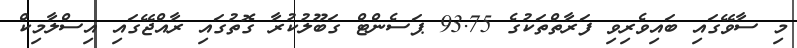
މި ސާވޭގައި ބައިވެރިވި ފަރާތްތަކުގެ 93.75 ޕަސެންޓް ގަބޫލުކުރާ ގޮތުގައި ރާއްޖޭގައި އިސްލާމިކް